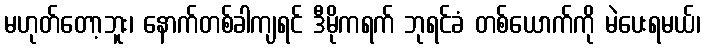
မဟုတ်တော့ဘူး၊ နောက်တစ်ခါကျရင် ဒီမိုကရက် ဘုရင်ခံ တစ်ယောက်ကို မဲပေးရမယ်၊